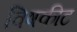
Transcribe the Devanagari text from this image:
विषकीट